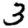
Digit: 3